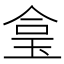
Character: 𤥓